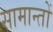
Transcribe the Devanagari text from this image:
सामान्तों